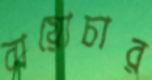
বায়োচার